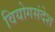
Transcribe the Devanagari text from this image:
वियोगसंदेश